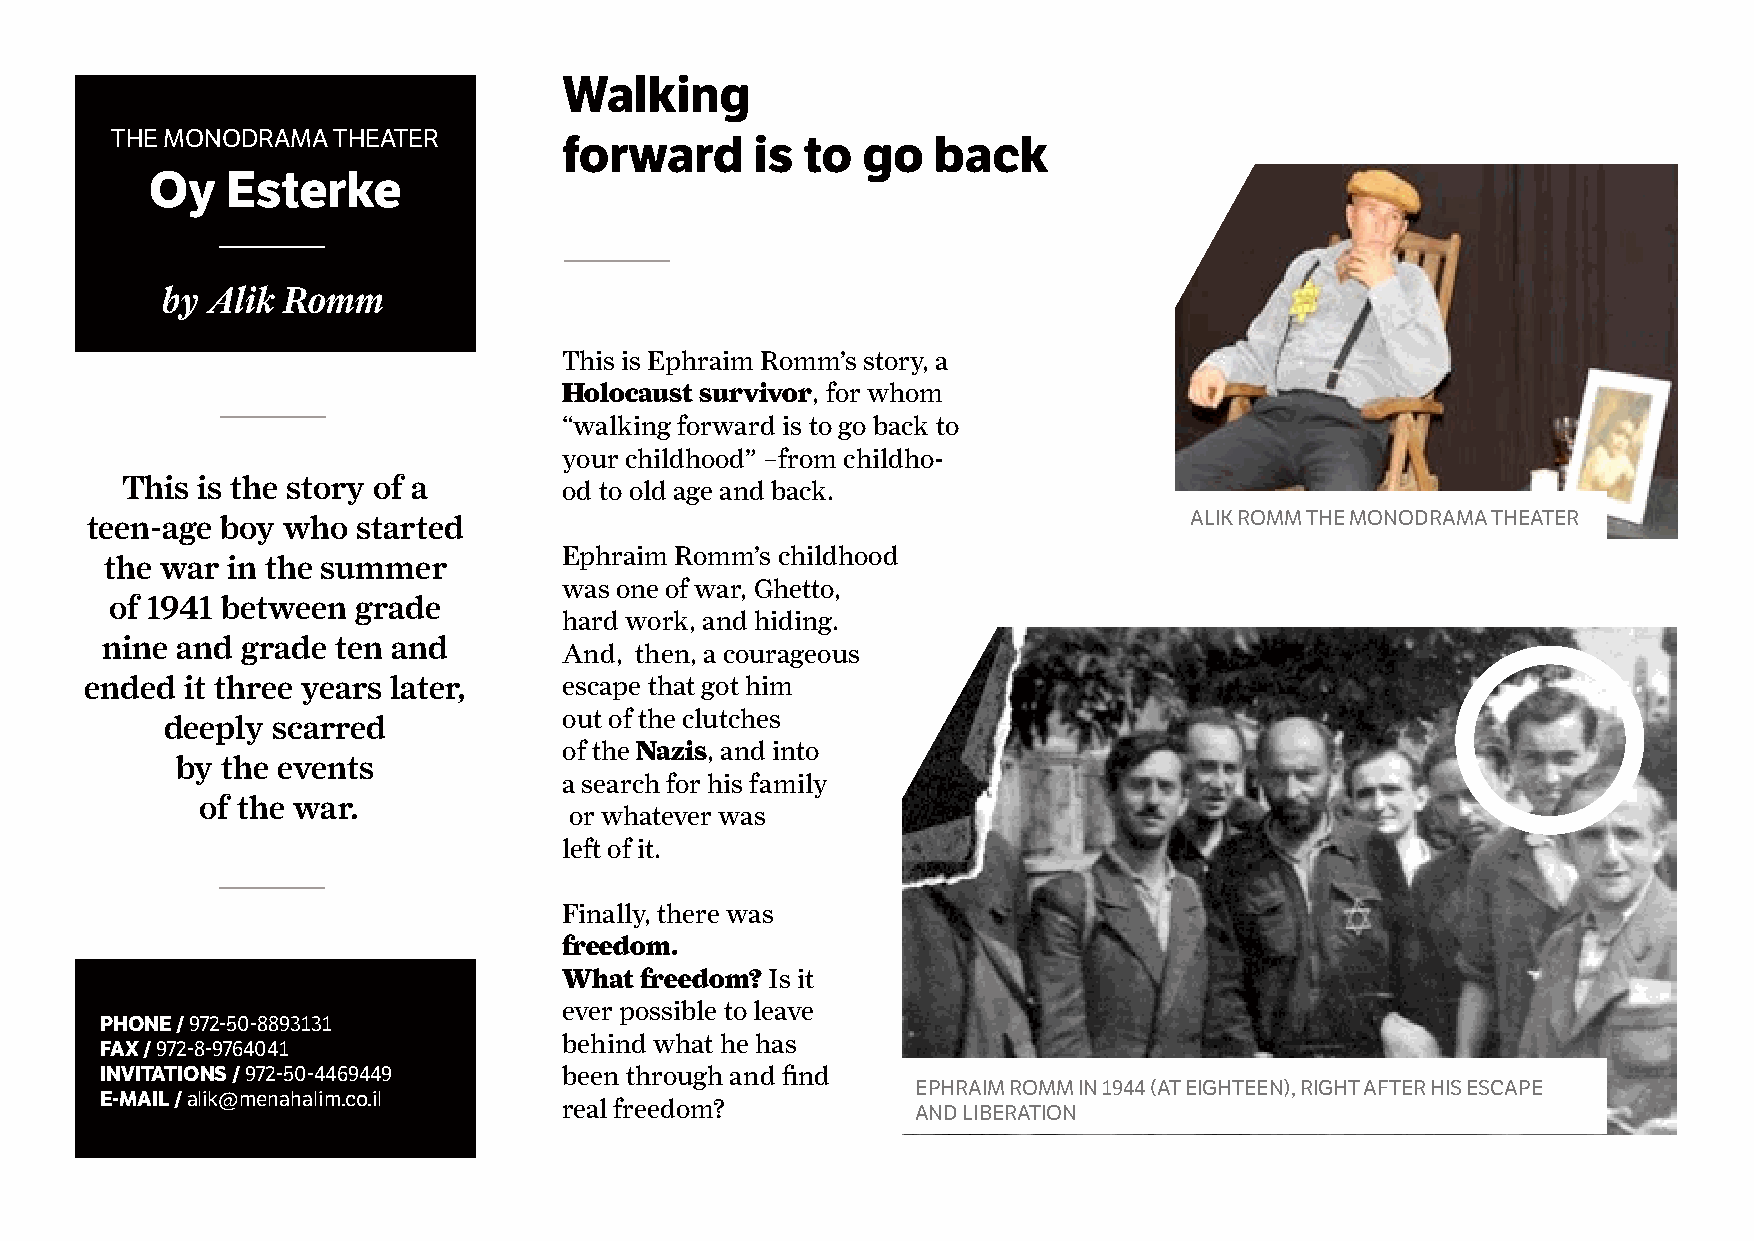
Walking
 The MonodraMa  TheaTer
 forward      is to  go   back
 Oy   Esterke
 by Alik Romm
 This is Ephraim Romm’s story, a
 Holocaust survivor, for whom
 “walking forward is to go back to
 your childhood” –from childho-
 This is the story of a       od to old age and back.
 teen-age boy who  started                                                alik roMM The MonodraMa TheaTer
 Ephraim Romm’s childhood
 the war in the summer
 was one of war, Ghetto,
 of 1941 between  grade
 hard work, and hiding.
 nine and grade ten and
 And, then, a courageous
 ended it three years later,    escape that got him
 out of the clutches
 deeply scarred
 of the Nazis, and into
 by the events
 a search for his family
 of the war.
 or whatever was
 left of it.
 Finally, there was
 freedom.
 What freedom? Is it
 ever possible to leave
 PhOnE / 972-50-8893131
 behind what he has
 Fax / 972-8-9764041
 InvItatIOns / 972-50-4469449  been through and find
 ephraiM roMM in 1944 (aT eighTeen), righT afTer his escape
 E-maIl / alik@menahalim.co.il real freedom?
 and liberaTion